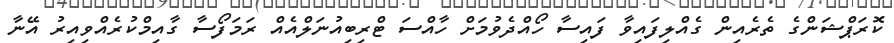
ކޮރަޕްޝަންގެ ތެރެއިން ގެއްލިފައިވާ ފައިސާ ހޯއްދެވުމަށް ހާއްސަ ޓްރިބިއުނަލްއެއް ރަމަފޯސާ ގާއިމްކުރެއްވިއިރު އޭނާ